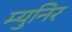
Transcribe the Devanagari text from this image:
म्युनिर